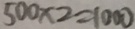
5 0 0 \times 2 = 1 0 0 0